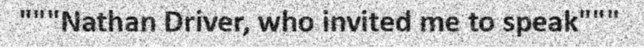
"""Nathan Driver, who invited me to speak"""